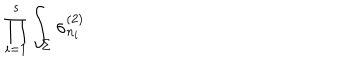
\prod _ { i = 1 } ^ { s } \int _ { \Sigma } \sigma _ { n _ { i } } ^ { ( 2 ) }